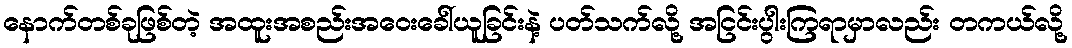
နောက်တစ်ခုဖြစ်တဲ့ အထူးအစည်းအဝေးခေါ်ယူခြင်းနဲ့ ပတ်သက်လို့ အငြင်းပွါးကြရာမှာလည်း တကယ်လို့